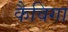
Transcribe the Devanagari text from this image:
कैविगा